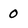
Character: 0